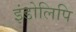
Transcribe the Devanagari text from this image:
इंडोलिपि